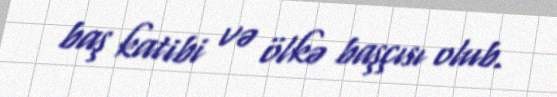
baş katibi və ölkə başçısı olub.